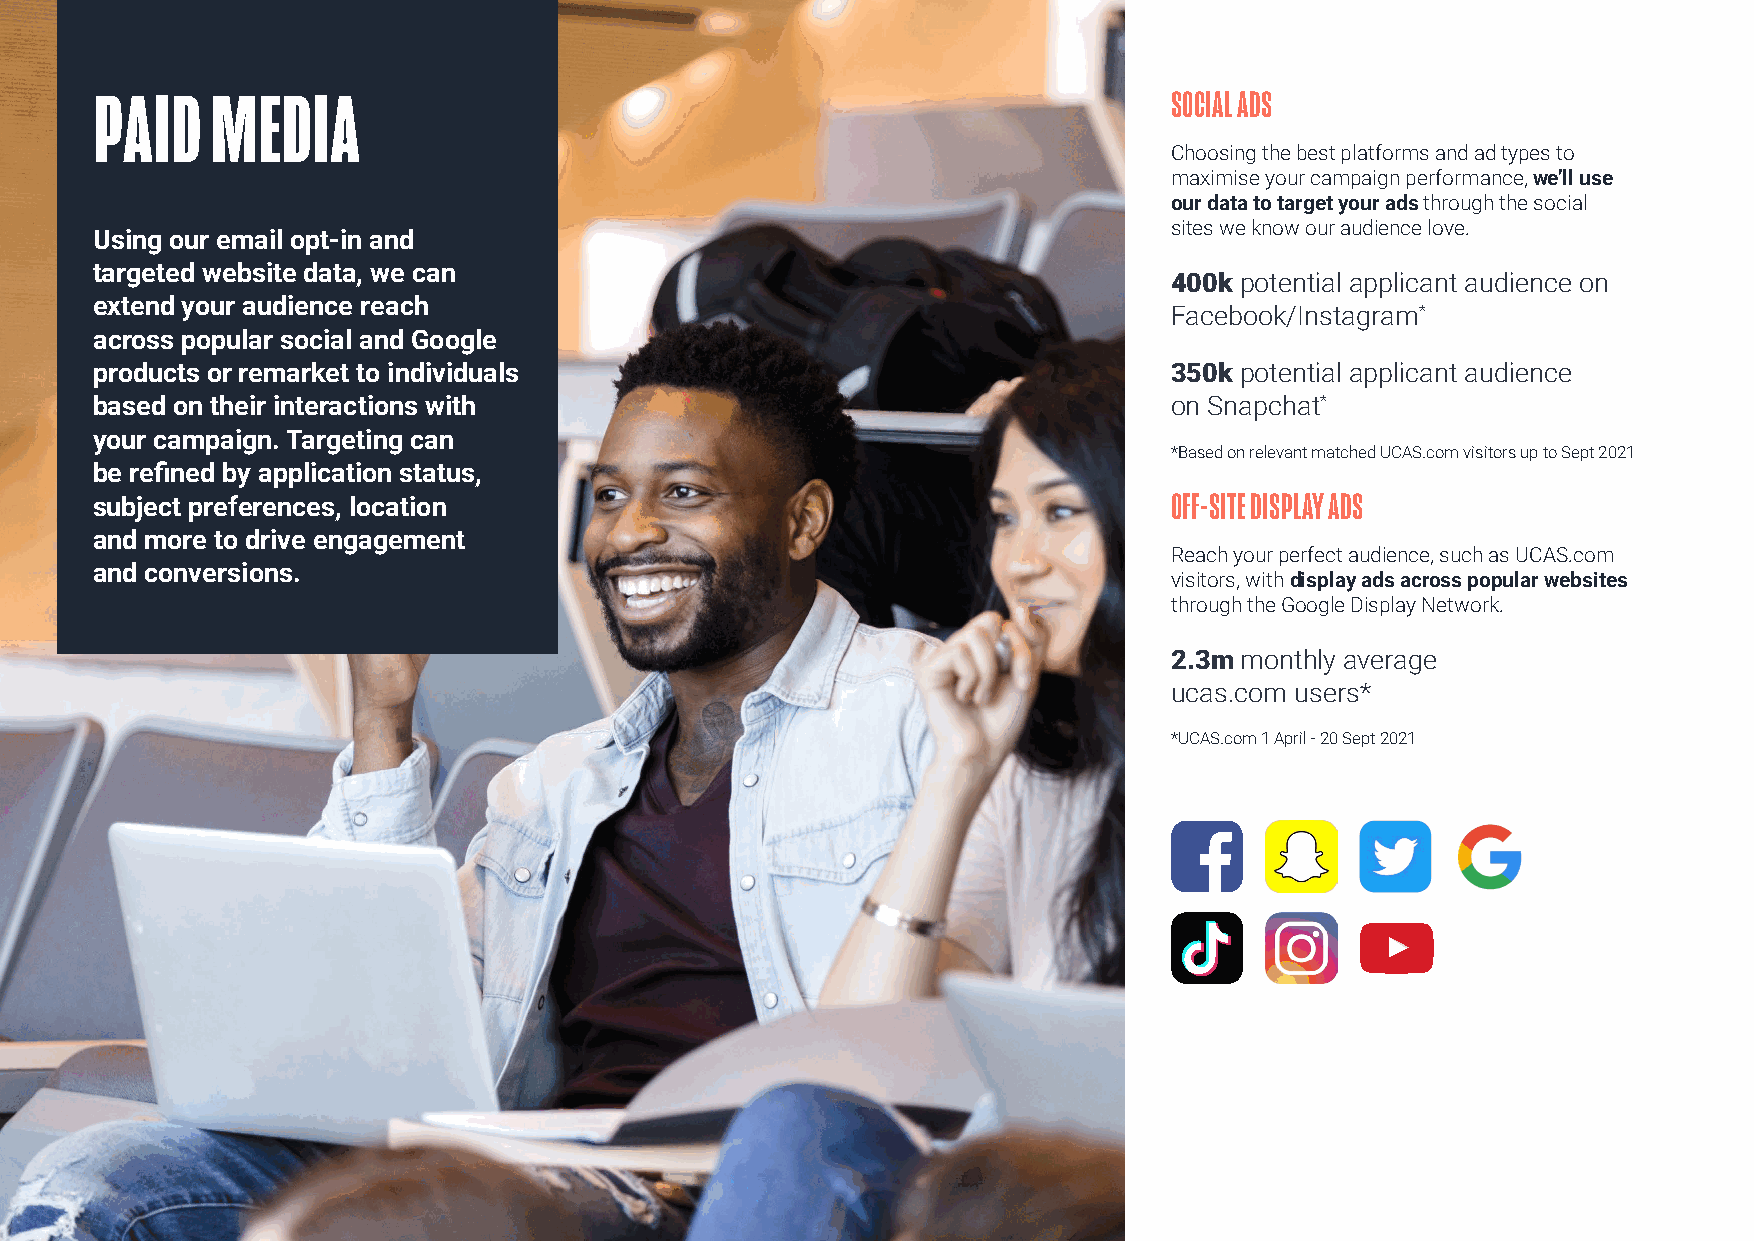
PAID    MEDIA                                                           SOCIAL ADS
 Choosing the best platforms and ad types to
 maximise your campaign performance, we’ll use
 our data to target your ads through the social
 sites we know our audience love.
 Using our email opt-in and
 targeted website data, we can
 400k potential applicant audience on
 extend your audience reach
 Facebook/Instagram*
 across popular social and Google
 products or remarket to individuals                                     350k potential applicant audience
 based on their interactions with                                        on Snapchat*
 your campaign. Targeting can
 *Based on relevant matched UCAS.com visitors up to Sept 2021
 be refined by application status,
 subject preferences, location                                           OFF-SITE DISPLAY ADS
 and more to drive engagement
 Reach your perfect audience, such as UCAS.com
 and conversions.
 visitors, with display ads across popular websites
 through the Google Display Network.
 2.3m monthly average
 ucas.com users*
 *UCAS.com 1 April - 20 Sept 2021